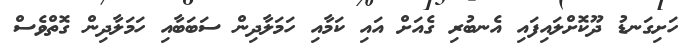
ހަށިގަނޑު ދޫކޮށްލައިފައި އެނބުރި ގެއަށް އައި ކަމާއި ހަަމަލާދިން ސަބަބާއި ހަމަލާދިން ގޮތްވެސް